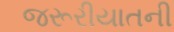
જરૂરીયાતની